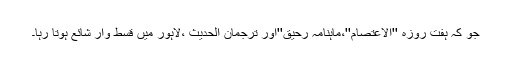
جو کہ ہفت روزہ ''الاعتصام''،ماہنامہ رحیق''اور ترجمان الحدیث ،لاہور میں قسط وار شائع ہوتا رہا۔